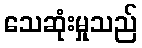
သေဆုံးမှုသည်